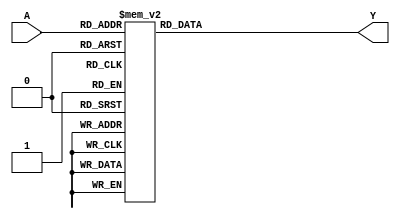
module sqrt1_16(A,Y);

input wire [3:0] A;
output reg [5:0] Y;

always @ (A)
begin
	case (A)
		4'd0: Y<= 6'b001_000; //1
		4'd1: Y<= 6'b001_011; //1.375
		4'd2: Y<= 6'b001_110; //1.75
		4'd3: Y<= 6'b010_000; //2
		4'd4: Y<= 6'b010_010; //2.25
		4'd5: Y<= 6'b010_100; //2.5
		4'd6: Y<= 6'b010_101; //2.625
		4'd7: Y<= 6'b010_111; //2.875
		4'd8: Y<= 6'b011_000; //3
		4'd9: Y<= 6'b011_001; //3.125
		4'd10: Y<= 6'b011_011; //3.375
		4'd11: Y<= 6'b011_100; //3.5
		4'd12: Y<= 6'b011_101; //3.625
		4'd13: Y<= 6'b011_110; //3.75
		4'd14: Y<= 6'b011_111; //3.875
		4'd15: Y<= 6'b100_111; //4
		default: Y<= 6'b000_000;
	endcase
end
endmodule